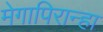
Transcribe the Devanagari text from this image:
मेगापिरान्हा